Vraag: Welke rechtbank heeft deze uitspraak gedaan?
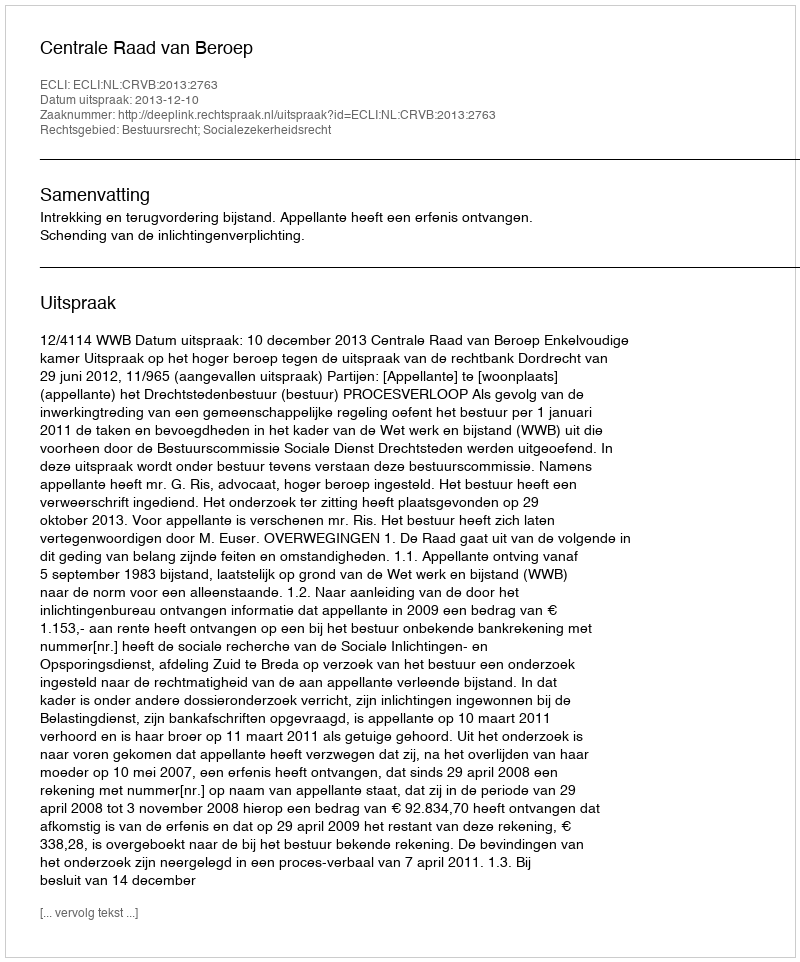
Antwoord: Centrale Raad van Beroep